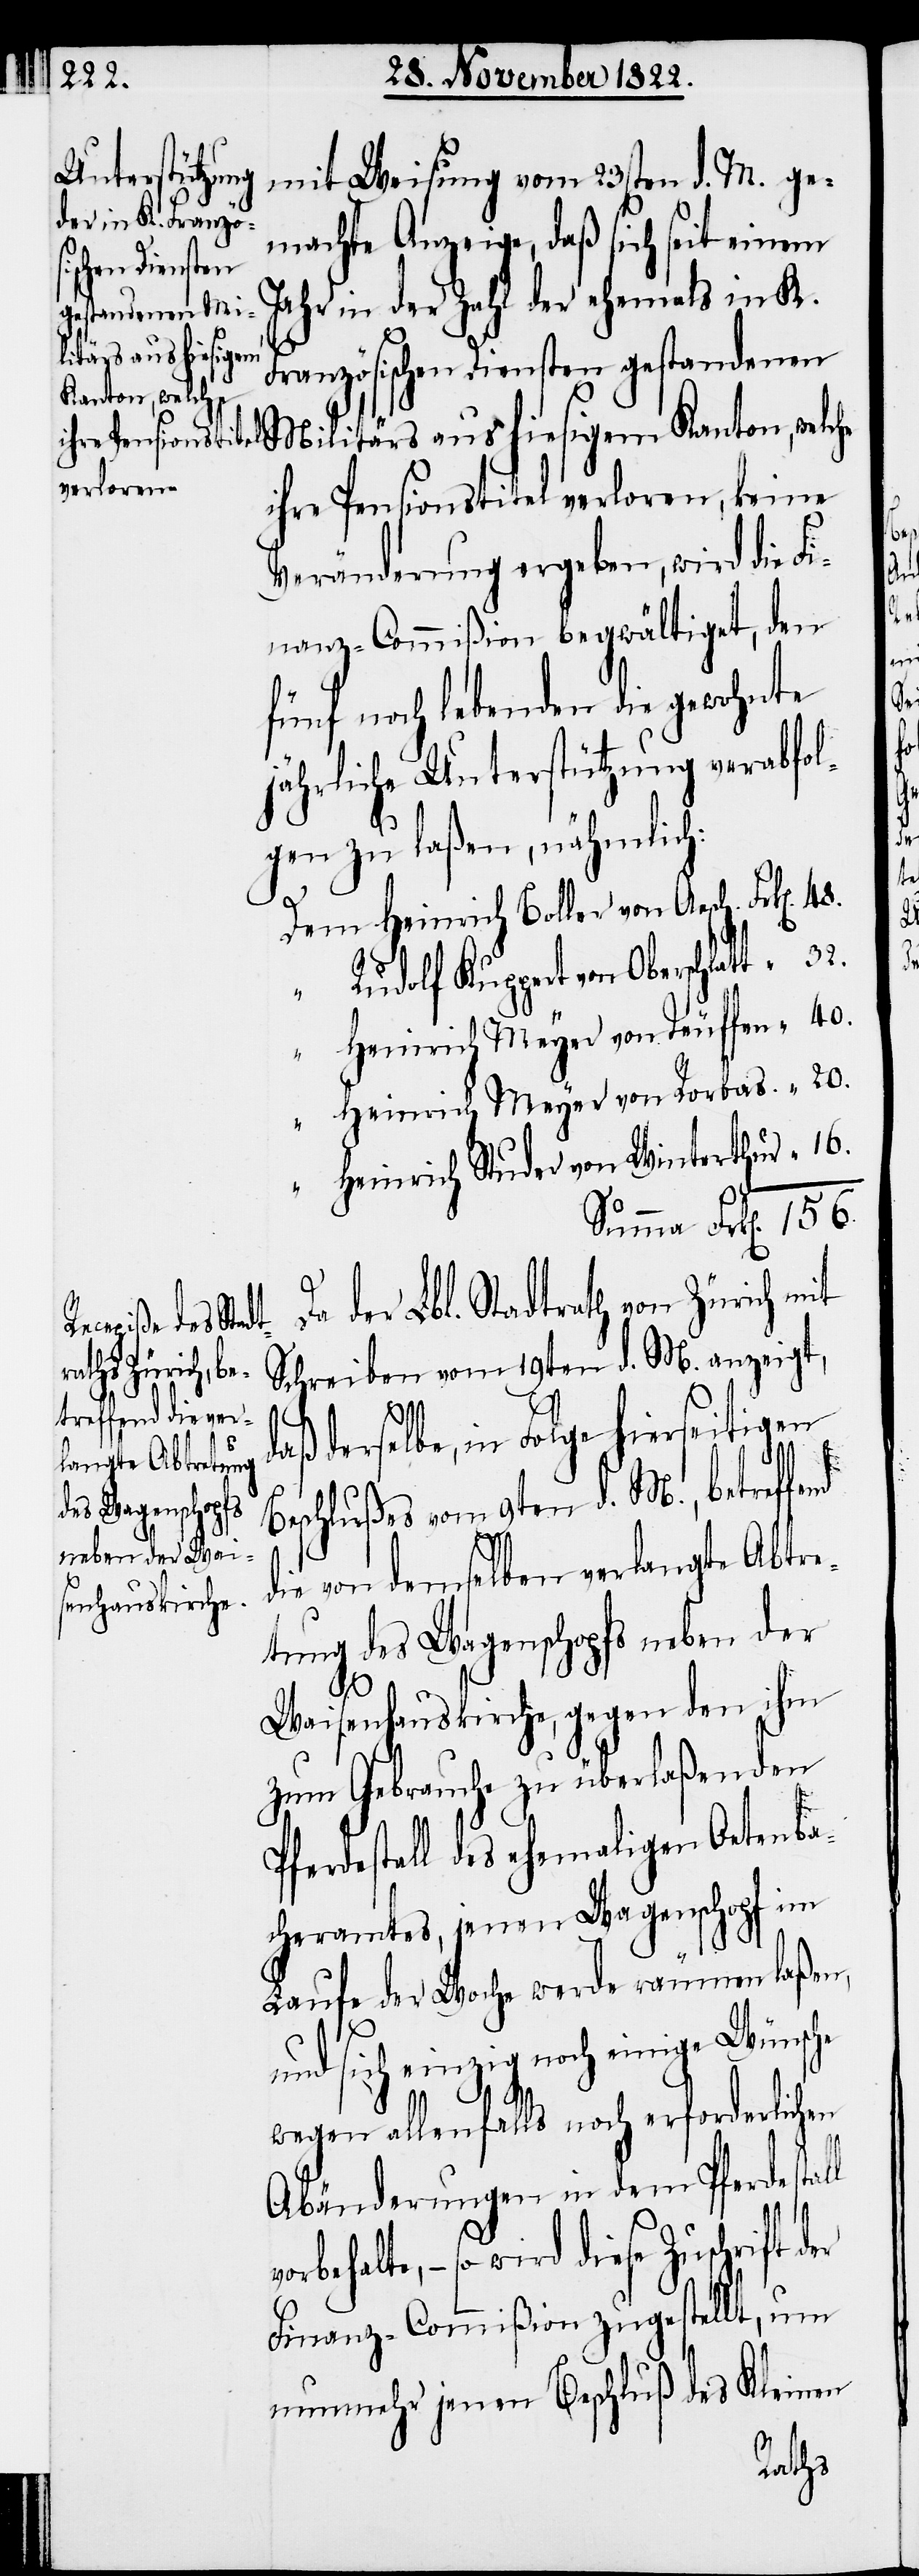
mit Weisung vom 23sten d. M. ge¬
machte Anzeige, daß sich seit einem
Jahr in der Zahl der ehemals in K.
litärs aus hiesigem
Französischen Diensten gestandenen
Kanton, welche
ihre Pensionstitel verloren, keine
Veränderung ergeben, wird die Fi¬
nanz-Commißion begwältiget, den
fünf noch lebenden die gewohnte
jährliche Unterstützung verabfol¬
gen zu laßen, nähmlich:
Dem Heinrich Boller von Aesch.
Rudolf Kuppert von Oberschlat¬
Heinrich Meyer von Teuffen
Heinrich Meyer von Rorbas
Heinrich Studer von Winterthur
Da der Lbl. Stadtrath von Zürich mit
Schreiben vom 19ten d. M. anzeigt,
32.
daß derselbe, in Folge hierseitigen
Beschlußes vom 9ten d. M., betreffend
die von demselben verlangte Abtre¬
tung des Wagenschopfs neben der
40.
Waisenhauskirche, gegen den ihm
zum Gebrauche zu überlaßenden
Pferdestall des ehemaligen Oetenba¬
cheramtes, jenen Wagenschopf im
Laufe der Woche werde räumen laßen,
156.
und sich einzig noch einige Wünsche
20.
wegen allenfalls noch erforderlichen
Abänderungen in dem Pferdestall
so wird diese Zuschrift
Finanz-Commißion zugestellt, um
nunmehr jenen Beschluß des Kleinen